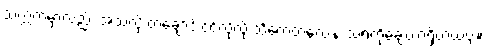
သက္ကတမှာလည်း အဲသလို တချောင်းငင်လိုလို သင်္ကေတလေးနဲ့ သရကိုချေတာရှိတယ်ဗျ။